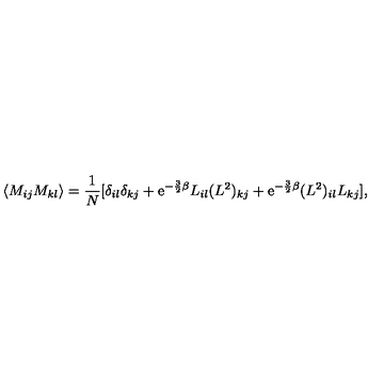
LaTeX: \langle M _ { i j } M _ { k l } \rangle = \frac { 1 } { N } [ \delta _ { i l } \delta _ { k j } + \mathrm { e } ^ { - \frac { 3 } { 2 } \beta } L _ { i l } ( L ^ { 2 } ) _ { k j } + \mathrm { e } ^ { - \frac { 3 } { 2 } \beta } ( L ^ { 2 } ) _ { i l } L _ { k j } ] ,